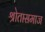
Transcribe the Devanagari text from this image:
श्रोतासमाज